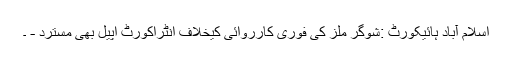
اسلام آباد ہائیکورٹ :شوگر ملز کی فوری کارروائی کیخلاف انٹراکورٹ اپیل بھی مسترد - ۔